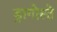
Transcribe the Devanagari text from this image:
ड्रागोस्ते